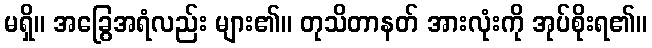
မရှိ။ အခြွေအရံလည်း များ၏။ တုသိတာနတ် အားလုံးကို အုပ်စိုးရ၏။